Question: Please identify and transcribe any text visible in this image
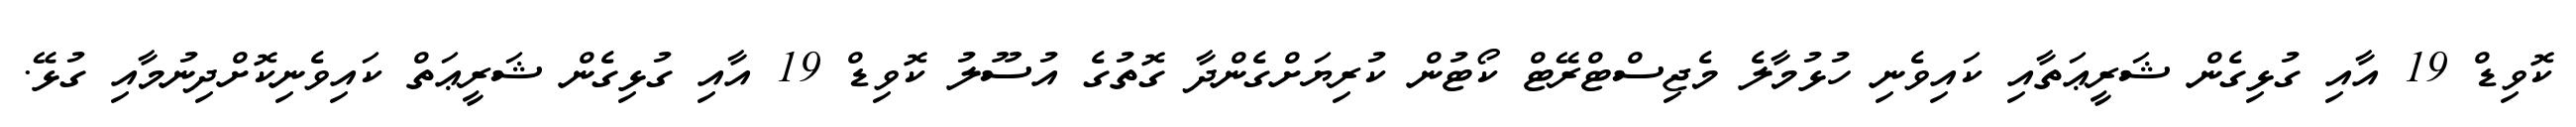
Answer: ކޮވިޑް 19 އާއި ގުޅިގެން ޝަރީޢަތާއި ކައިވެނި ހުޅުމާލެ މެޖިސްޓްރޭޓް ކޯޓުން ކުރިޔަށްގެންދާ ގޮތުގެ އުސޫލު ކޮވިޑް 19 އާއި ގުޅިގެން ޝަރީޢަތް ކައިވެނިކޮށްދިނުމާއި ގުޅޭ.